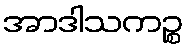
အာဒါသကဉ္စ